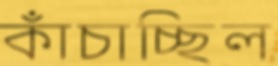
কাঁচাচ্ছিল